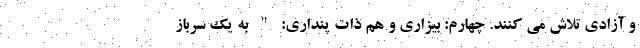
و آزادی تلاش مي كنند. چهارم: بیزاری و هم ذات پنداری: " به یک سرباز